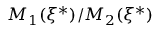
M _ { 1 } ( \xi ^ { * } ) / M _ { 2 } ( \xi ^ { * } )